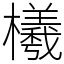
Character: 㰕